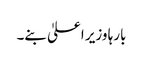
بارہا وزیر اعلیٰ بنے۔